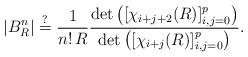
LaTeX: \begin{align*} |B_R^n| \stackrel{?}{=} \frac{1}{n!\,R} \frac{\det\left( [\chi_{i+j+2}(R)]_{i,j=0}^{p}\right)} {\det\left([\chi_{i+j}(R)]_{i,j=0}^{p}\right)}.\end{align*}